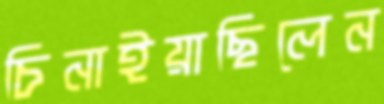
চিনাইয়াছিলেন